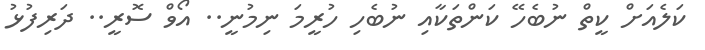
ކަލެއަށް ކީތް ނުބެހޭ ކަންތަކާއި ނުބެހި ހުރީމަ ނިމުނީ.. އޯވް ސޮރީ.. ދަރިފުޅު